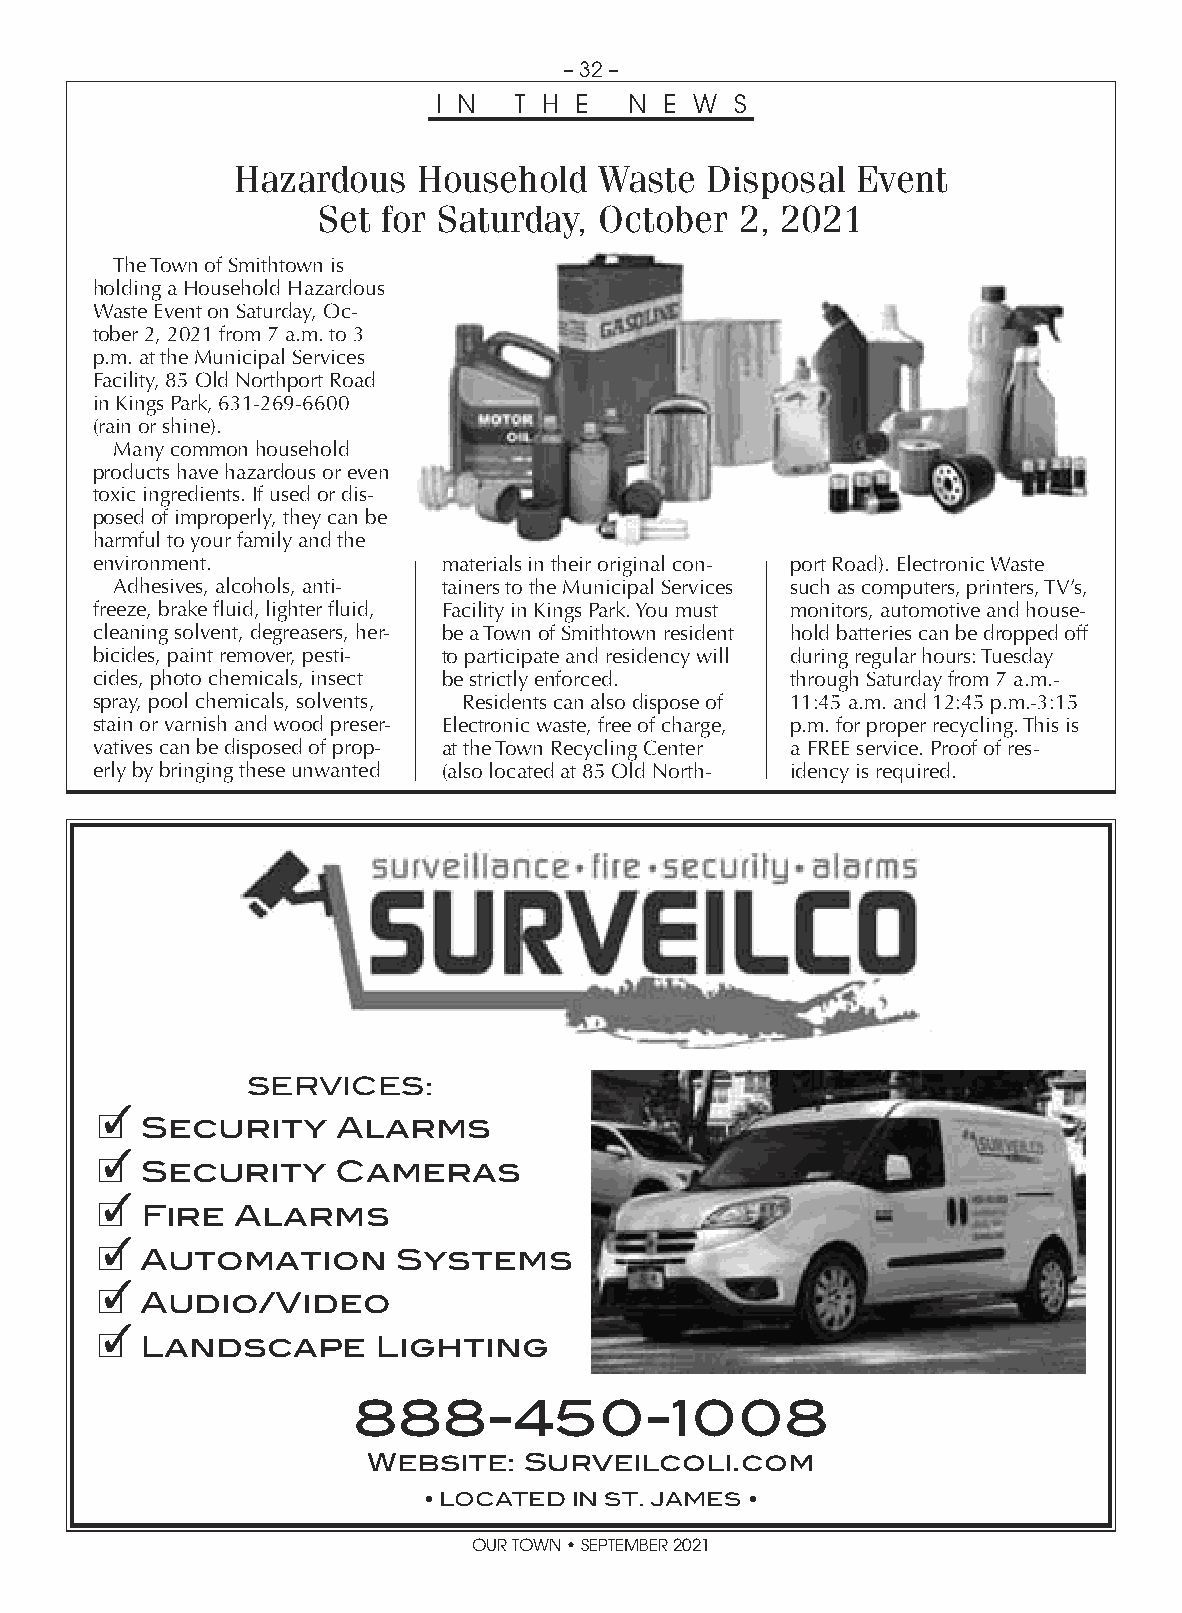
– 32 –
 I N  T H E   N E W  S
 Hazardous    Household   Waste  Disposal  Event
 Set for Saturday,  October  2, 2021
 The Town of Smithtown is
 holding a Household Hazardous
 Waste Event on Saturday, Oc-
 tober 2, 2021 from 7 a.m. to 3
 p.m. at the Municipal Services
 Facility, 85 Old Northport Road
 in Kings Park, 631-269-6600
 (rain or shine).
 Many common household
 products have hazardous or even
 toxic ingredients. If used or dis-
 posed of improperly, they can be
 harmful to your family and the
 environment.           materials in their original con- port Road). Electronic Waste
 Adhesives, alcohols, anti- tainers to the Municipal Services such as computers, printers, TV’s,
 freeze, brake fluid, lighter fluid, Facility in Kings Park. You must monitors, automotive and house-
 cleaning solvent, degreasers, her- be a Town of Smithtown resident hold batteries can be dropped off
 bicides, paint remover, pesti- to participate and residency will during regular hours: Tuesday
 cides, photo chemicals, insect be strictly enforced. through Saturday from 7 a.m.-
 spray, pool chemicals, solvents, Residents can also dispose of 11:45 a.m. and 12:45 p.m.-3:15
 stain or varnish and wood preser- Electronic waste, free of charge, p.m. for proper recycling. This is
 vatives can be disposed of prop- at the Town Recycling Center a FREE service. Proof of res-
 erly by bringing these unwanted (also located at 85 Old North- idency is required.
 SERVICES:
 c
 Security     Alarms
 c
 Security     Cameras
 c
 Fire   Alarms
 c
 Automation       Systems
 c
 Audio/Video
 c
 Landscape       Lighting
 888-450-1008
 Website:   Surveilcoli.com
 • LOCATED IN ST. JAMES •
 OUR TOWN • SEPTEMBER 2021